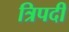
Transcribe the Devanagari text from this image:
त्रिपदीं